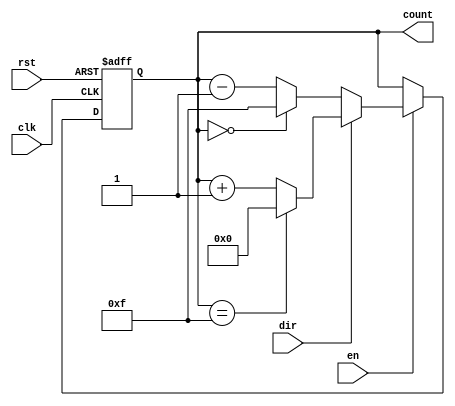
module multi_bit_counter #(
    parameter BIT_WIDTH = 4,          // Number of bits for the counter
    parameter MIN_VALUE = 0,          // Minimum value of the counter
    parameter MAX_VALUE = (1 << BIT_WIDTH) - 1 // Maximum value of the counter
)(
    input wire clk,                   // Clock signal
    input wire rst,                   // Asynchronous reset signal
    input wire en,                    // Count enable signal
    input wire dir,                   // Direction signal (1 for up, 0 for down)
    output reg [BIT_WIDTH-1:0] count  // Counter value output
);

    // Always block triggered on the rising edge of the clock
    always @(posedge clk or posedge rst) begin
        if (rst) begin
            // Reset the counter to MIN_VALUE
            count <= MIN_VALUE;
        end else if (en) begin
            // Count enable is active
            if (dir) begin
                // Counting up
                if (count == MAX_VALUE) begin
                    count <= MIN_VALUE; // Wrap around to MIN_VALUE
                end else begin
                    count <= count + 1; // Increment the counter
                end
            end else begin
                // Counting down
                if (count == MIN_VALUE) begin
                    count <= MAX_VALUE; // Wrap around to MAX_VALUE
                end else begin
                    count <= count - 1; // Decrement the counter
                end
            end
        end
    end

endmodule